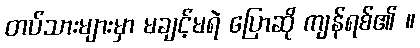
တပ်သားများမှာ မချင့်မရဲ ပြောဆို ကျန်ရစ်၏ ။